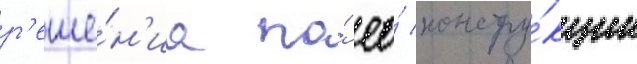
р'еше́н'иа по́ ео́ констру́кции